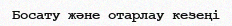
Босату және отарлау кезеңі